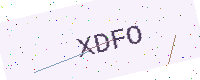
Text: XDFO